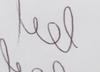
Signature authenticity: genuine